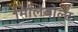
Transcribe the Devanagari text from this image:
मिलिवोल्ट